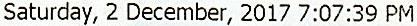
SATURDAY, 2 DECEMBER, 2017 7:07:39 PM